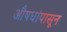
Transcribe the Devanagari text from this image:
औषधांपासून